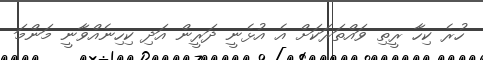
ހުރެ ކިހާ ރީތި ވައްތަރަކަށް އެ އުޅެނީ ދަރީން އަދި ކިހިނެއްވާނީ މަންމަ